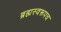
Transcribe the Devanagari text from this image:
ब्रह्मस्वरूपच